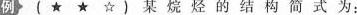
例 (★★☆\)某烷烃的结构简式为：